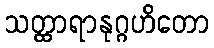
သတ္ထာရာနုဂ္ဂဟိတော